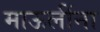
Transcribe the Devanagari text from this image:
माऊलींना